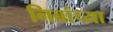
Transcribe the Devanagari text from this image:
निबांच्या